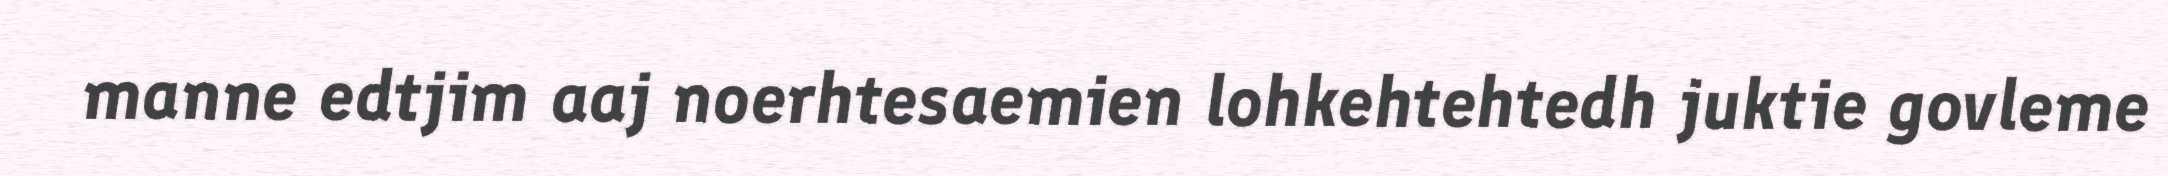
manne edtjim aaj noerhtesaemien lohkehtehtedh juktie govleme